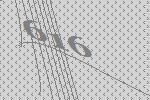
616